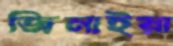
জিনাইয়া